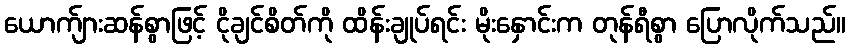
ယောက်ျားဆန်စွာဖြင့် ငိုချင်စိတ်ကို ထိန်းချုပ်ရင်း မိုးနှောင်းက တုန်ရီစွာ ပြောလိုက်သည်။